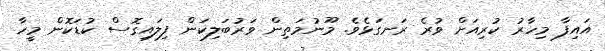
އައިފާ މިހާރު ކުރިއަށް ވުރެ ރަނގަޅެވެ. މޫނުމަތިން ވަރުބަލިކަން ފިލައިގޮސް ކުޑަކޮން މީހާ